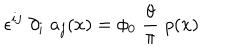
\epsilon ^ { i j } \; \partial _ { i } \; a _ { j } ( x ) = \phi _ { 0 } \; \frac { \theta } { \pi } \; \rho ( x )